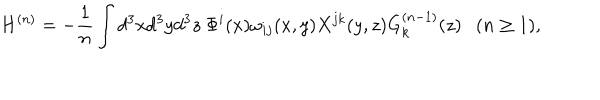
LaTeX: H ^ { ( n ) } = - \frac { 1 } { n } \int d ^ { 3 } x d ^ { 3 } y d ^ { 3 } z ~ \Phi ^ { i } ( x ) \omega _ { i j } ( x , y ) X ^ { j k } ( y , z ) G _ { k } ^ { ( n - 1 ) } ( z ) ( n \geq 1 ) ,